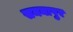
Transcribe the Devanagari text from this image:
समनापुर